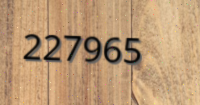
227965